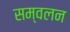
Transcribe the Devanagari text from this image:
सम्वलन